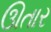
ઊતાર